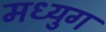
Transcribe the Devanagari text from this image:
मध्युग